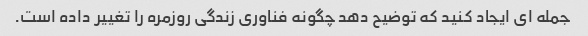
جمله ای ایجاد کنید که توضیح دهد چگونه فناوری زندگی روزمره را تغییر داده است.